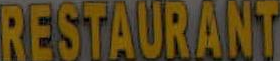
RESTAURANT